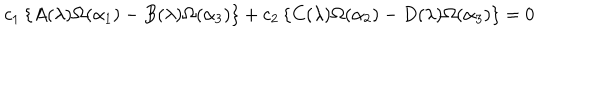
LaTeX: c _ { 1 } \left\{ A ( \lambda ) \Omega ( \alpha _ { 1 } ) - B ( \lambda ) \Omega ( \alpha _ { 3 } ) \right\} + c _ { 2 } \left\{ C ( \lambda ) \Omega ( \alpha _ { 2 } ) - D ( \lambda ) \Omega ( \alpha _ { 3 } ) \right\} = 0